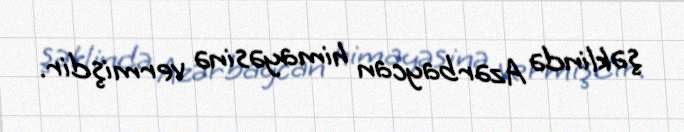
şəklində Azərbaycan himayəsinə vermişdir.